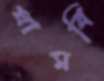
ঘামবি